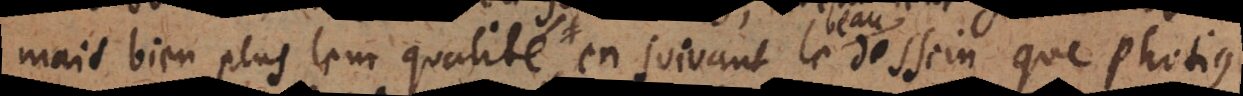
mais bien plus leur qualité, en suivant le dessein que Photius